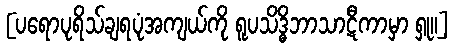
[ပရောပုရိသ်ချရပုံအကျယ်ကို ရူပသိဒ္ဓိဘာသာဋီကာမှာ ရှု။]